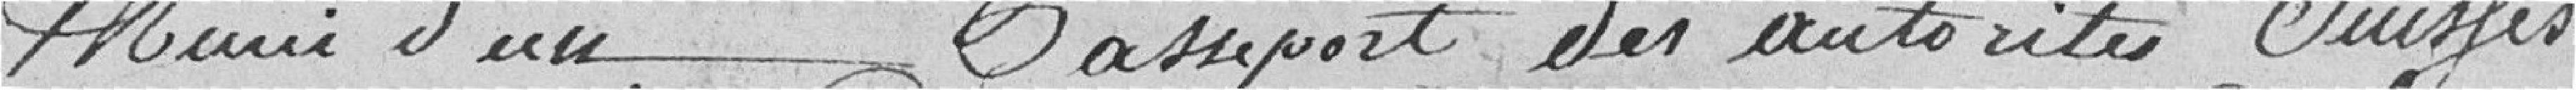
muni d'un passeport des autorités Suisses